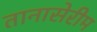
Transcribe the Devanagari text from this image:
तानासेरीम